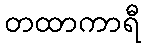
တထာကာရီ